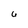
Character: 6